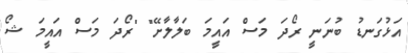
އަޅުގަނޑު ބުނަނީ ރޯދަ މަސް އައީމަ ބަލާލާށޭ" "ރޯދަ މަސް އައީމަ ޝޯ